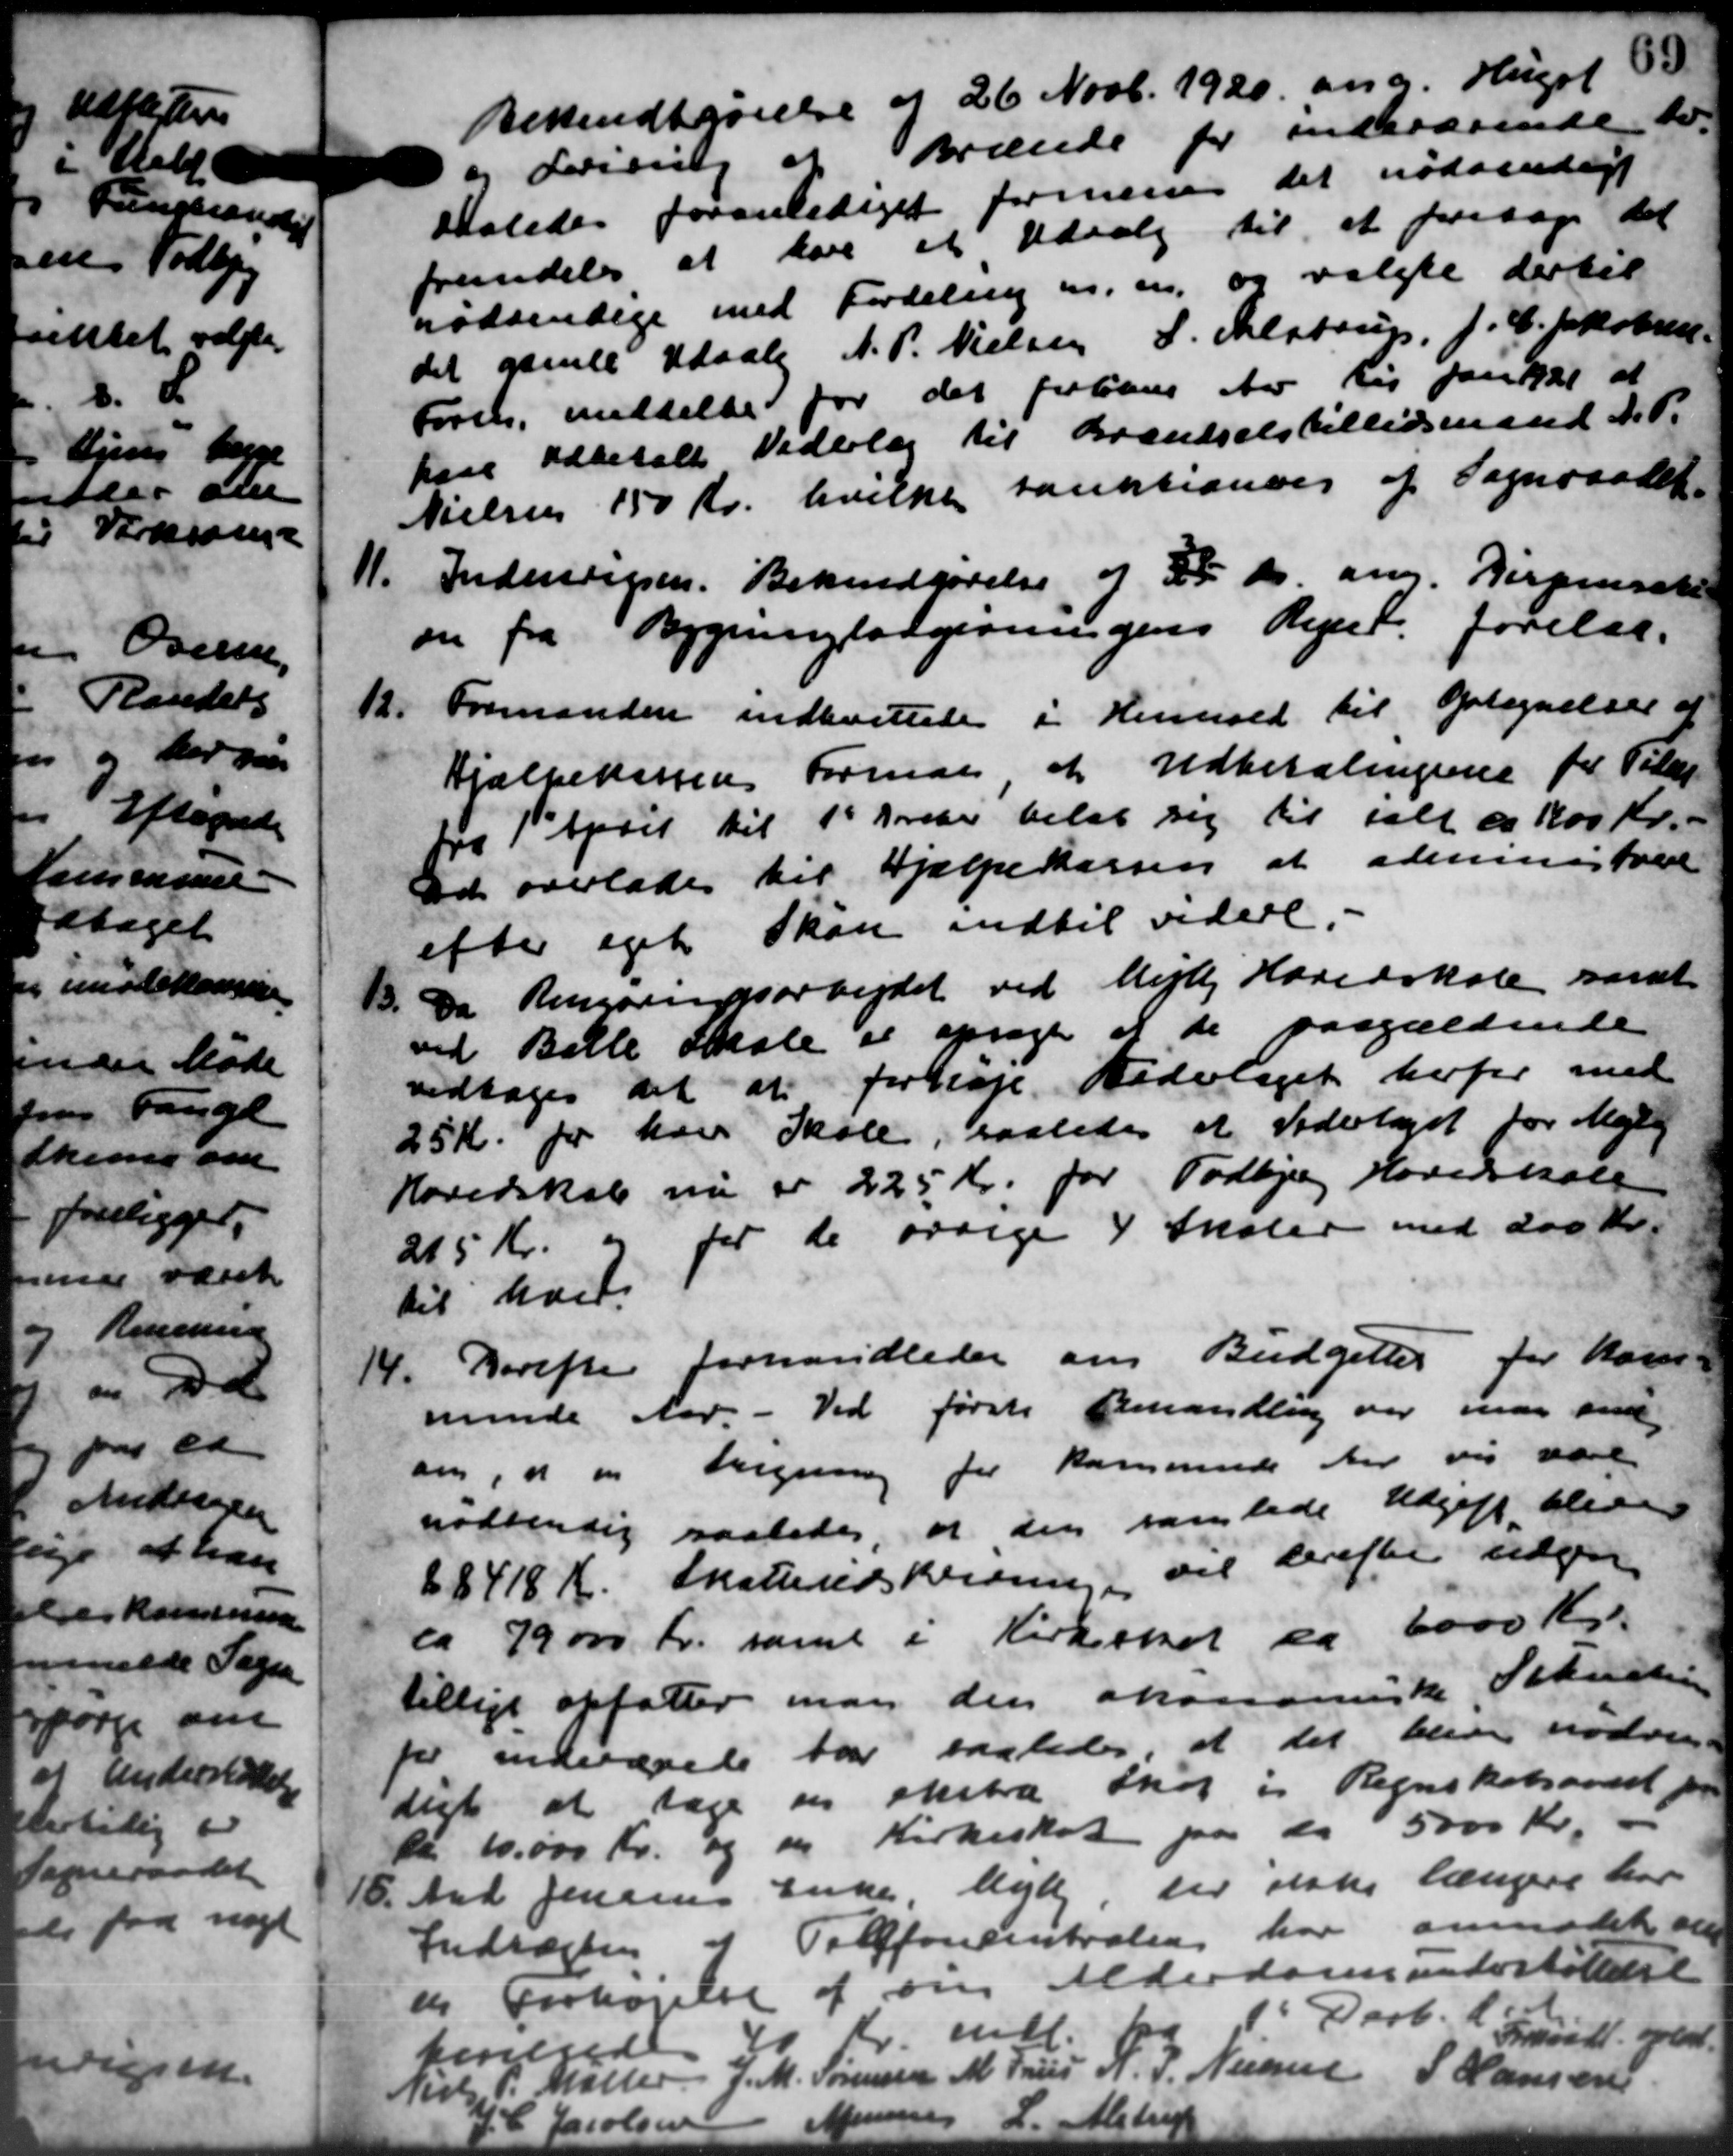
Transskription:
Bekendtgørelse af 26 Novb. 1920 ang. Huset 30
og Forining af Brænde for indeværende til
saaledes foranlediget formene det nødvendigt
fremdeles at have et Udvalg til at foretage det
nødvendige med Fordeling m.m. og valgte dertil
det gamle Udvalg N. P. Nielsen S. Alstrup, J. C. Jakobsen
Foren, meddelte for det forhane der Lig fanskal at
kaar udbetalt Vederlag til Brændselstillidsmand N. P.
Nielsen 150 Kr. hvilke tauktioner af Sogneraadet
11.
Indenrigsen. Bekendgørelse af 25 ds ang. Dispensatt
em fra Bygningsorgivningens Reger, forelaa.
12.
Formanden indkvittede i Henhold til Optegnelse af
Hjælpekassens Forman at Udbetalingerne for Tilag
fra 1st April til 1st Freder beløb sig til ialt ca. 100 Kr.
Dd overlades til Hjælpekassen at ademistrede
efter eget Skan indtil videre.
13.
Da Renningsarbejdet ved Mejlby Hovedskole samt
ved Bille Skole er opsagt at de paagældende
vedtoges det at forhøje Bederlaget herfor med
25 Kr for han Skole, saaledes at Vederlaget for Mejlb
Hovedskab nu er 225 Kr. for Todbjerg Hovedskole
215 Kr. og for de øvrige 4 Skoler med 200 Kr.
til hver.
14.
Derefte forhandledes om Budgettes for Kom-
minde Aar. - Ved første Behandling og man send
om, at en Ligning for kommende der vil være
nødvendig saaledes, at den samlede Udgift blev
68418 Kr. Skatteudskrivningen vil derefter udgive
ca 79000 Kr. samt i Kirkeskat er 6000 Kr.
tillige opfatter man den økonomiske Schult
for indværede har saaledes, at det blive nødven-
digt at tage en ekstra Skat i Regnskabsaart for
ca. 10.000 Kr. og en Kirkeskat paa da 5000 Kr.
15.
And Jensens Enke Mejlby der iske længere har
Indtægten af Tilforcentralen har anmodet en
og Forhøjelse af om Alderdomsunderstøttelse
tenende Kr. mdl.  Darb. i Fundl. port.

Nielse P. Møller
J. M. Sørensen
M. Frues
N. P. Nielsen
S Hansen
4 P Jacobsen
- Minis
L. Alstred